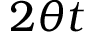
2 \theta t